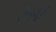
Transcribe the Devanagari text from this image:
सेंड्र्यूज़